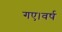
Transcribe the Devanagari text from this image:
गए।वर्ष